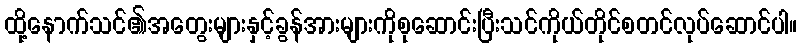
ထို့နောက်သင်၏အတွေးများနှင့်ခွန်အားများကိုစုဆောင်းပြီးသင်ကိုယ်တိုင်စတင်လုပ်ဆောင်ပါ။